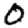
Digit: 0